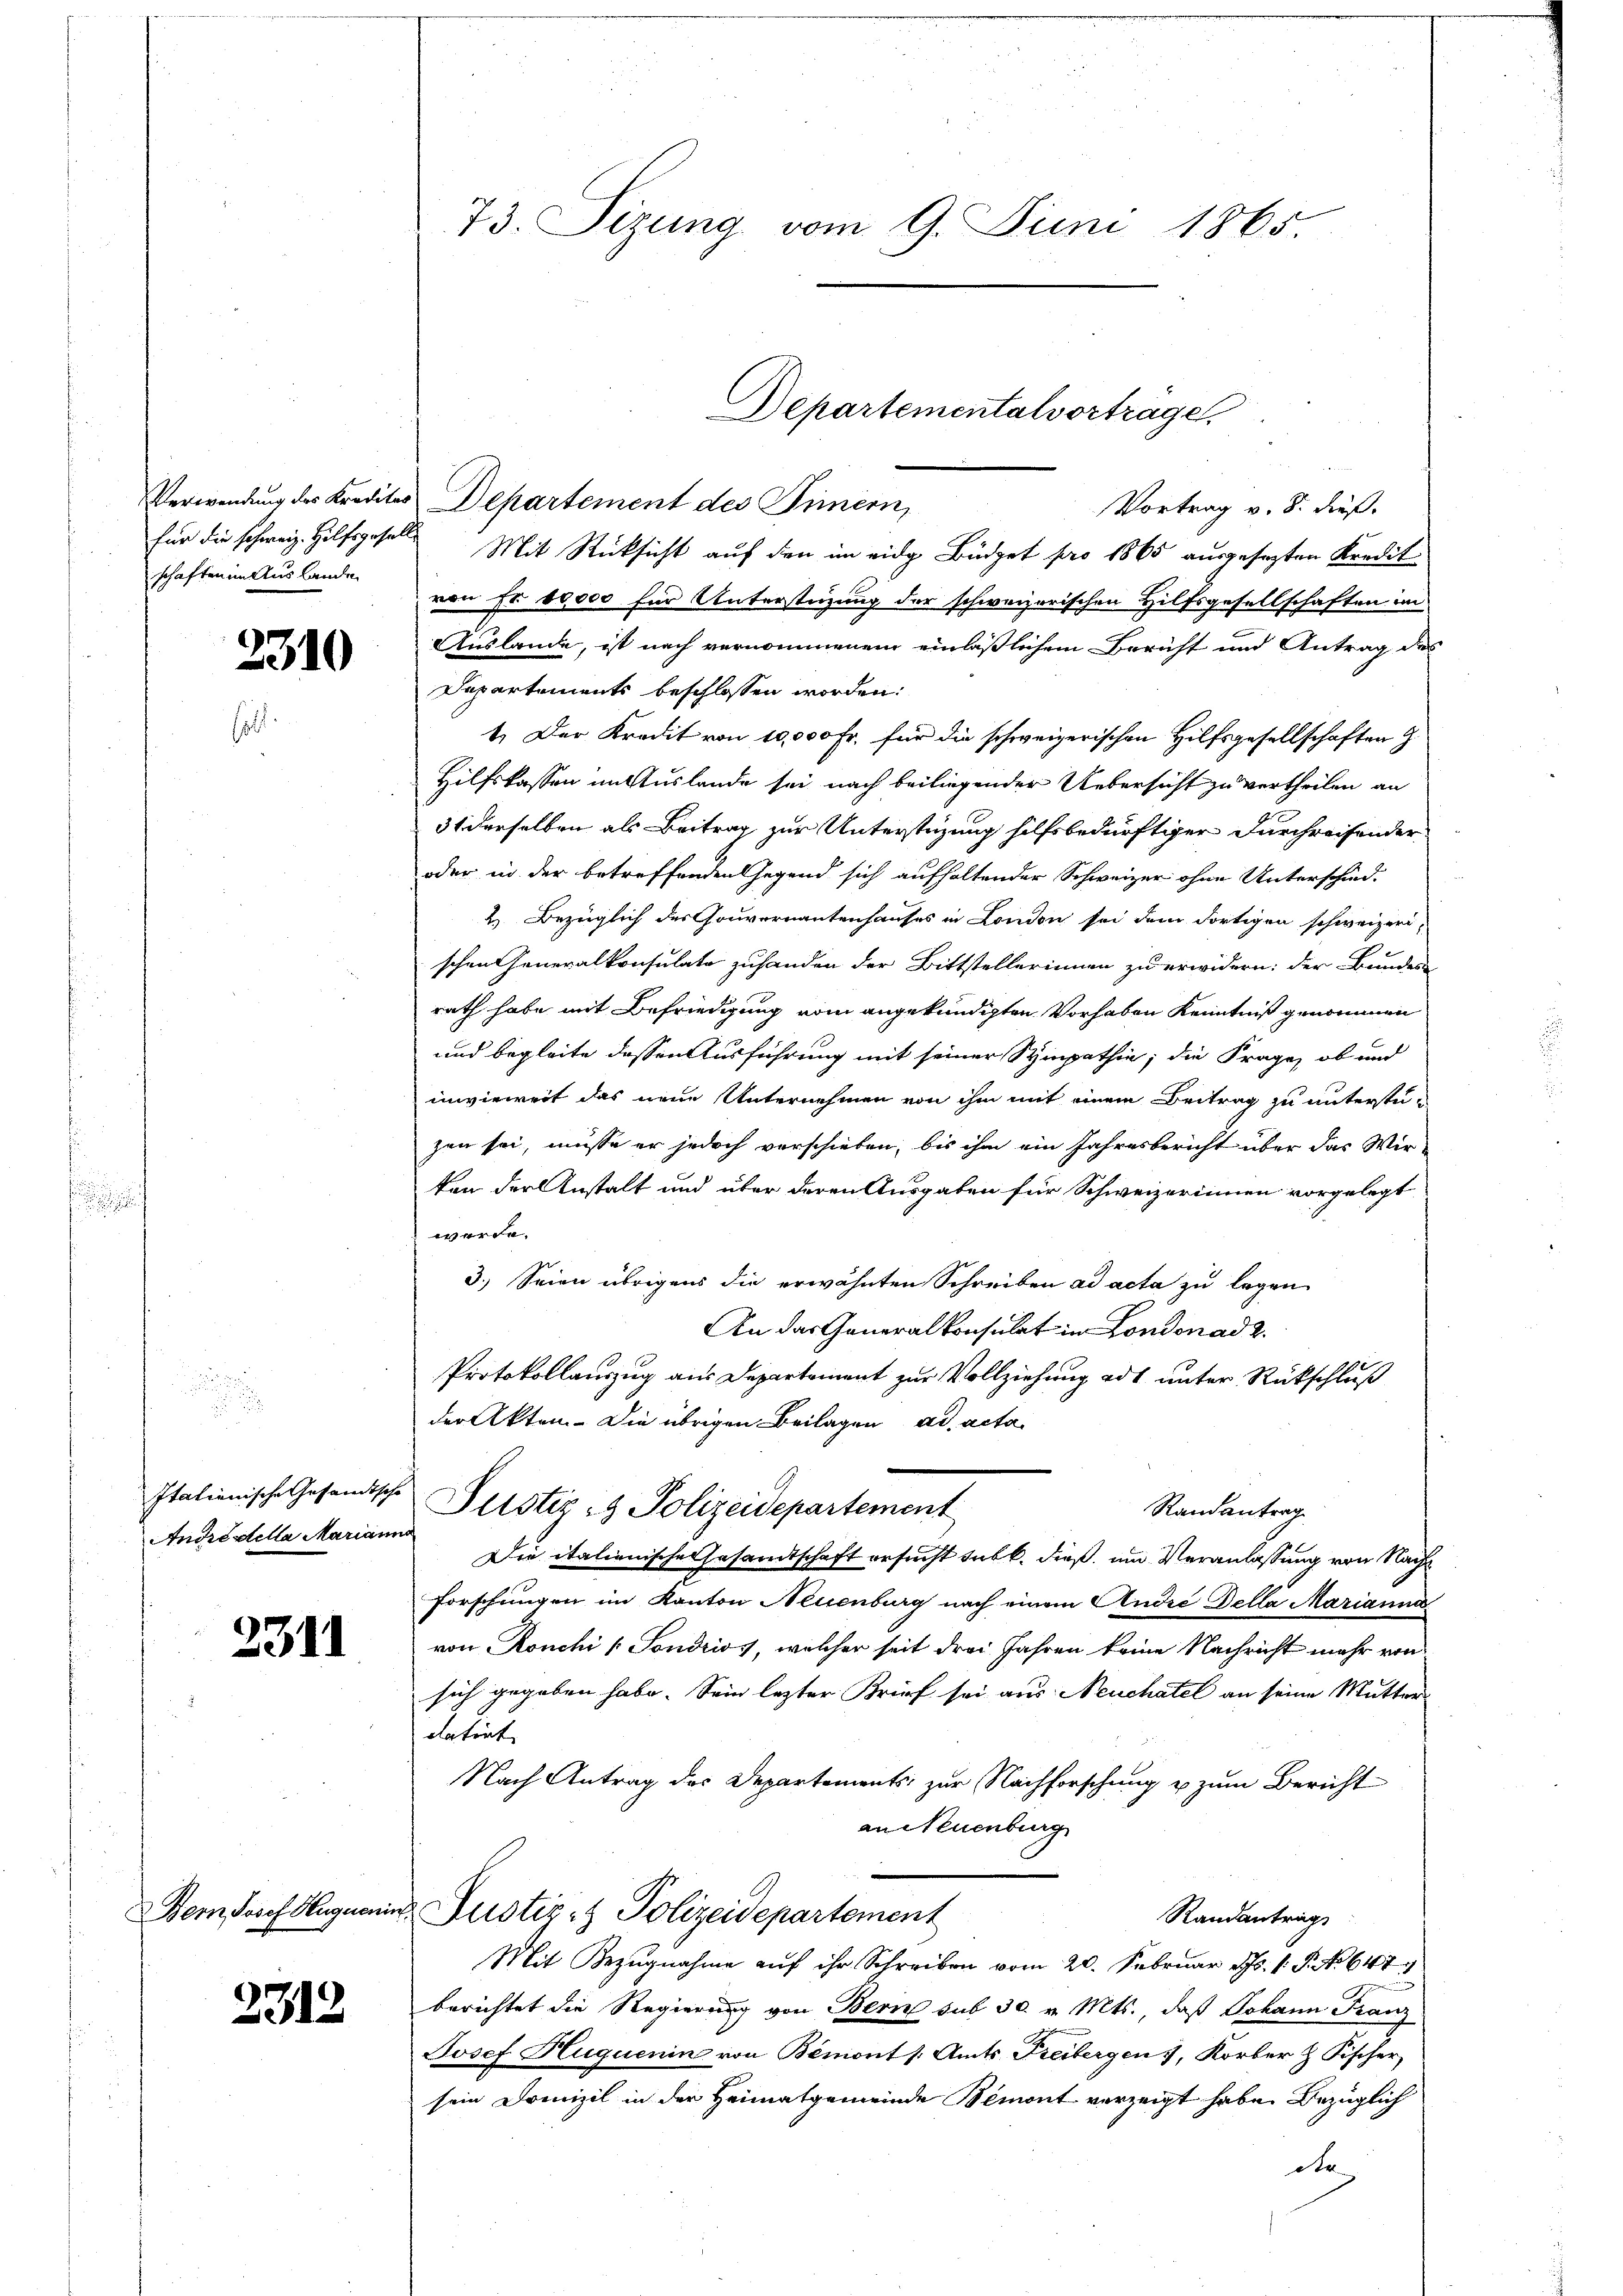
schaften in Auslande

2310

Andrestella Marianna

2311

2312

73. Sizung vom 9. Juni 1865.

Departementalvortrage,

Verwendung des Kredites Departement des Simern,
Vortrag v. 8. dieß.
für die schweiz. Hilfsgeselle Mit Rücksicht auf den im eidg Büdget pro 1865 ausgesagten Kredit
von Fr. 10000 für Unterstüzung der schweizerischen Hilfsgesellschaften im
Auslande, ist nach vernommenem einläßlichem Bericht und Antrag des
Departements beschlossen worden.
1.) Der Kredit von 10,000 Fr. für die schweizerischen Hilfsgesellschaften G
Hilfskassen in Auslande sei nach beiliegender Uebersicht zu vertheilen an
31 derselben als Beitrag zur Unterstüzung hilfsbedürftiger Durchreifender
oder in der betreffenden egend sich aufhaltender Schweizer ohne Unterschied.
2. Bezüglich des Gouvernanntenhauses in London sei dem dortigen schweizerischen Generalkonsulate zuhanden der Bittstellerinnen zu erwidern: der Bundes-
rath habe mit Befriedigung vom angekündigten Vorhaben Kenntniß genommen
und begleite dessen Ausführung mit seiner Sympathie, die Frage, ob und
invieweit das neue Unternehmen von ihm mit einem Beitrag zu unterstezen sei, müsse er jedoch verschieben, bis ihm ein Jahresbericht über das Wir-
ken der Anstalt und über deren Ausgaben für Schweizerinnen vorgelegt
werde.
3.) Seien übrigens die erwähnten Schreiben ad acta zu legen
An das Generalkonsulat in London ad 2.
Protokollauszug aus Departement zur Vollziehung ad unter Rückschluß
der Akten. Die übrigen Beilagen ad acta
Italienische Gesandtsche Justiz- & Polizeidepartement
Randantrag
Die italienische Gesandtschaft ersucht subt. dieß, und Veranlassung von Nach
Forschungen im Kanton Neuenburg nach einem Andre Della Marianna
von Ronchi / Sondrios, welcher seit drei Jahren keine Nachricht mehr von
sich gegeben habe. Sein lezter Brief sei aus Neuchatel an seine Mutter
datrat
Nach Antrag des Departements, zur Nachforschung u zum Bericht
an Neuenburg
e
Bern Josef Hugnen Justiz- & Polizeidepartement
Randantrag
Mit Bezugnahme aŭf ihr Schreiben vom 20. Februar d. 1 S. No 647
berichtet die Regierung von Bern sub 30. v. Mts., daß Johann Franz
Josef Huquenin von Bemont /: Amts Freibergen, Korber & Fischer
sein Domizil in der Heimatgemeinde Bemont verzeigt habe. Bezüglich
de